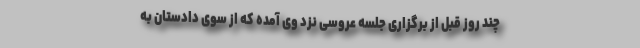
چند روز قبل از برگزاری جلسه عروسی نزد وی آمده که از سوی دادستان به